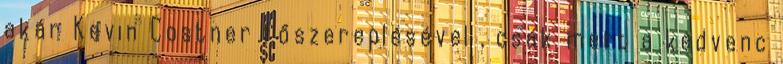
akár Kevin Costner főszereplésével , csak mert a kedvenc